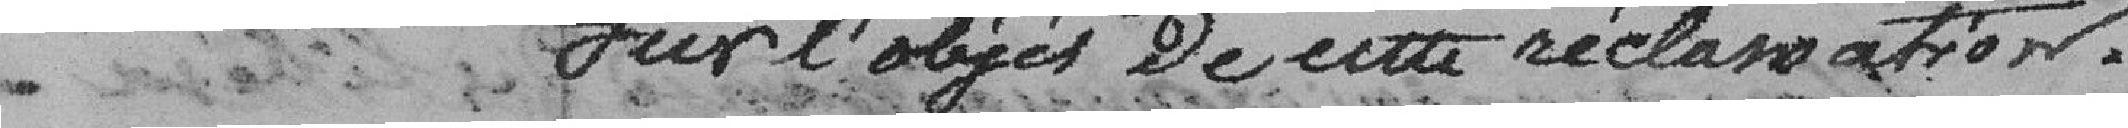
sur l'objet de cette déclaration.